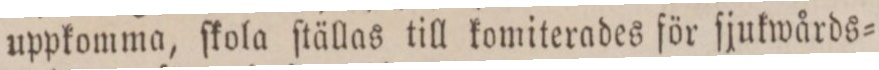
uppkomma, ſkola ſtällas till komiterades för ſjukwårds=